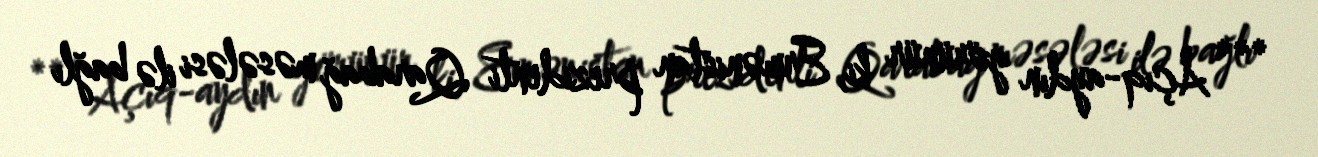
*** Açıq-aydın görünür ki, Ermənistan prezidenti Qarabağ məsələsi ilə bağlı